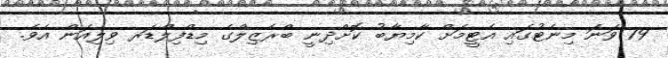
79 ވަނަ މިނެޓުގައި އެޓީމަށް ކާމިޔާބު ކޮށްދިނީ ބްރެޒިލްގެ މިޑްފިލްޑަރ ވިލިއަން އެވެ.